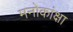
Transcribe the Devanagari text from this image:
मनोकांक्षा